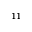
_ { 1 1 }